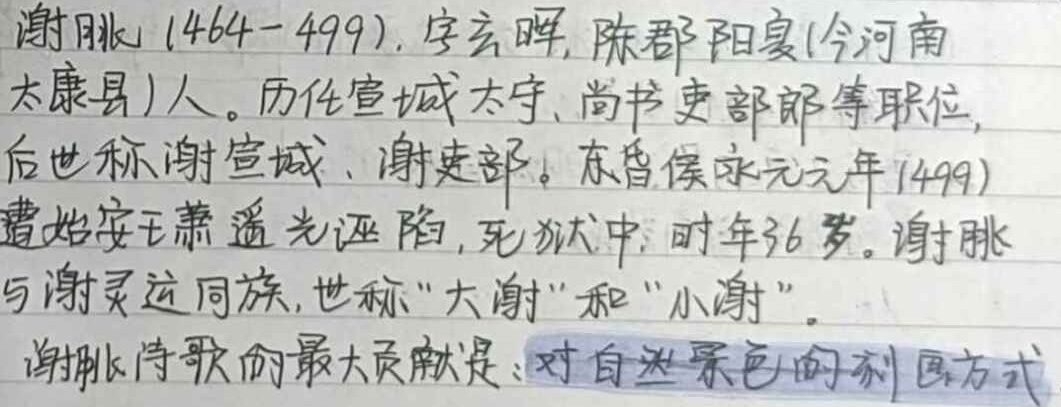
谢朓（464 - 499），字玄晖，陈郡阳夏（今河南太康县）人。历任宣城太守、尚书吏部郎等职位，后世称谢宣城、谢吏部。东昏侯永元元年（499）遭始安王萧遥光诬陷，死狱中，时年36岁。谢朓与谢灵运同族，世称“大谢”和“小谢”。谢朓诗歌的最大贡献是：对自然景色的刻画方式